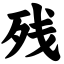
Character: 残